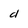
Character: d